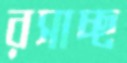
রসাচ্ছ